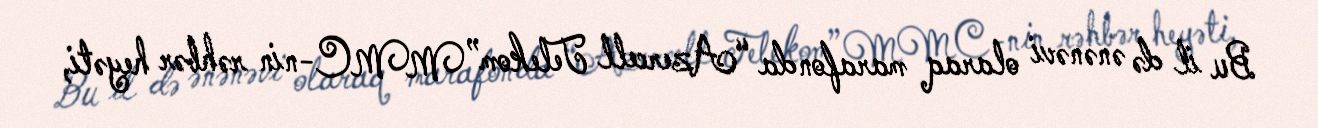
Bu il də ənənəvi olaraq marafonda “Azercell Telekom” MMC-nin rəhbər heyəti,